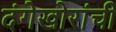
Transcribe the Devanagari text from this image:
दंगेखोरांची